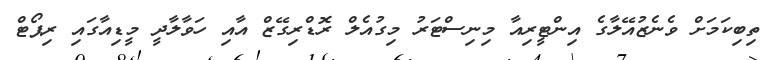
ތިބިކަމަށް ވެނެޒުއޭލާގެ އިންޓީރިއާ މިނިސްޓަރު މިގުއެލް ރޮޑްރިގޭޒް އާއި ހަވާލާދީ މީޑިއާގައި ރިޕޯޓް